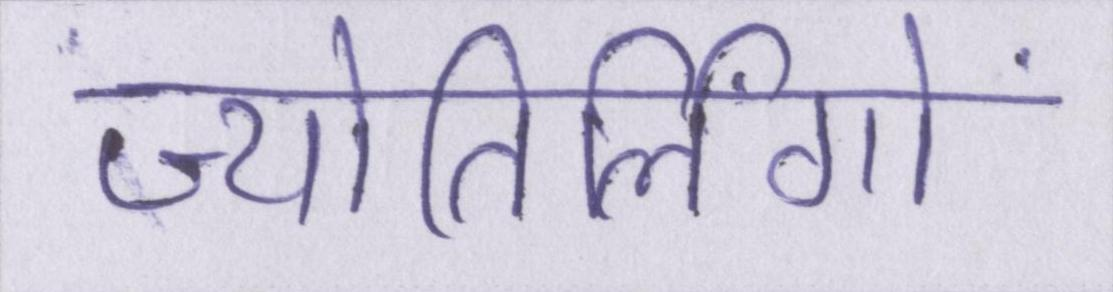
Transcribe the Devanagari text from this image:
ज्योतिर्लिंगों